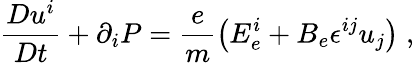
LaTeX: \frac{Du^{i}}{Dt}+\partial_{i}P=\frac{e}{m}\left(E_{e}^{i}+B_{e}\epsilon^{ij}u_{j}\right)\; ,